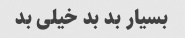
بسیار بد بد خیلی بد